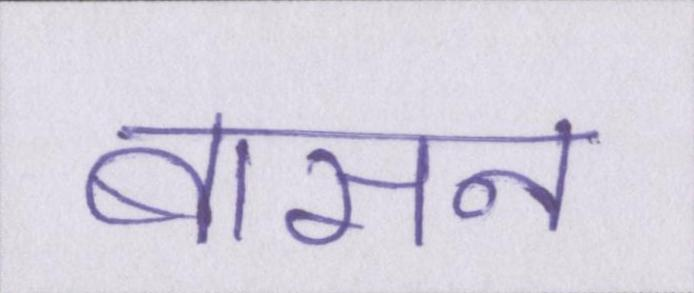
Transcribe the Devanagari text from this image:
बासन